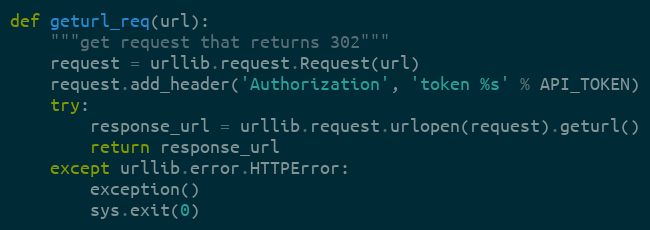
Language: Python
def geturl_req(url):
    """get request that returns 302"""
    request = urllib.request.Request(url)
    request.add_header('Authorization', 'token %s' % API_TOKEN)
    try:
        response_url = urllib.request.urlopen(request).geturl()
        return response_url
    except urllib.error.HTTPError:
        exception()
        sys.exit(0)